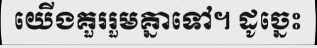
យើងគួររួមគ្នាទៅ។ ដូច្នេះ